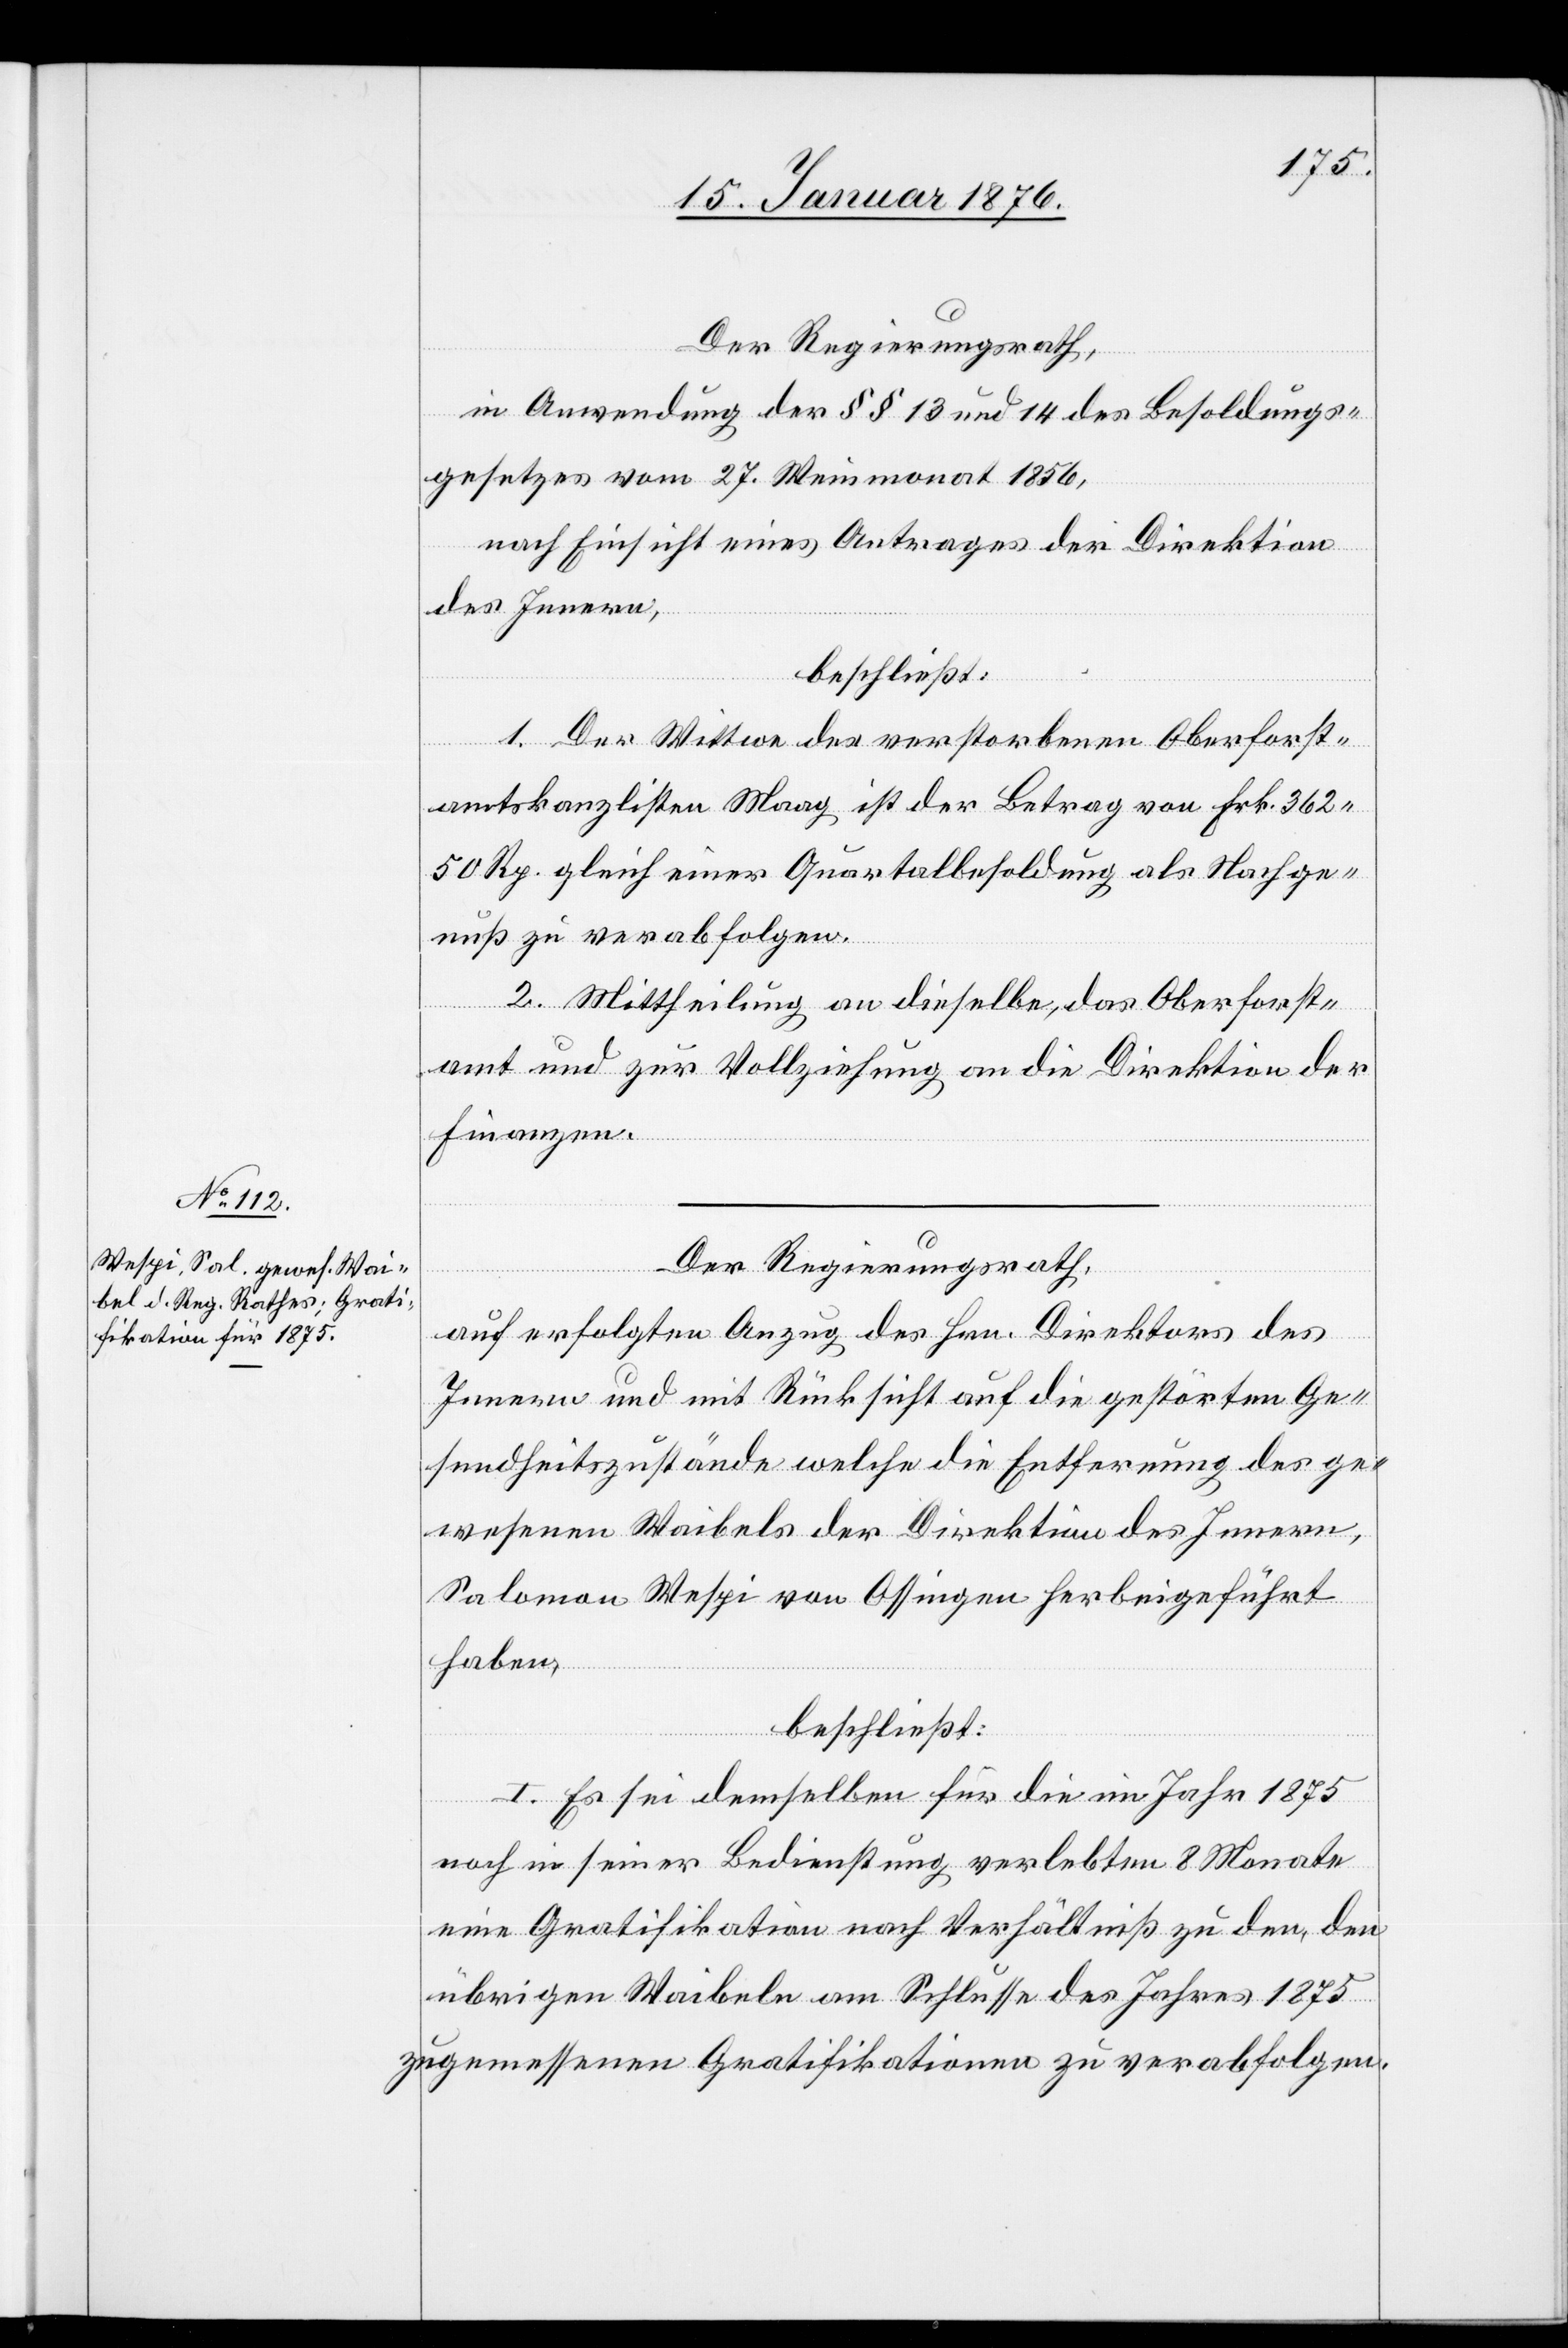
Der Regierungsrath,
in Anwendung der §§ 13 und 14 des Besoldungs¬
gesetzes vom 27. Weinmonat 1856,
nach Einsicht eines Antrages der Direktion
des Innern,
beschließt:
1. Der Wittwe des verstorbenen Oberforst¬
amtskanzlisten Maag ist der Betrag von Frk. 362.50
Rp. gleich einer Quartalbesoldung als Nachge¬
nuß zu verabfolgen.
2. Mittheilung an dieselbe, das Oberforst¬
amt und zur Vollziehung an die Direktion der
Finanzen.
Der Regierungsrath,
auf erfolgten Anzug des Hrn. Direktors des
Innern und mit Rücksicht auf die gestörten Ge¬
sundheitszustände welche die Entfernung des ge¬
wesenen Waibels der Direktion des Innern,
Salomon Wespi von Ossingen herbeigeführt
haben,
beschließt:
I. Es sei demselben für die im Jahr 1875
noch in seiner Bedienstung verlebten 8 Monate
eine Gratifikation nach Verhältniß zu den, den
übrigen Waibeln am Schlusse des Jahres 1875
zugemessenen Gratifikationen zu verabfolgen.